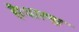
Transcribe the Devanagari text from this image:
है।धारणा